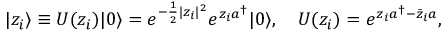
| z _ { i } \rangle \equiv U ( z _ { i } ) | 0 \rangle = e ^ { - \frac 1 2 | z _ { i } | ^ { 2 } } e ^ { z _ { i } a ^ { \dagger } } | 0 \rangle , \quad U ( z _ { i } ) = e ^ { z _ { i } a ^ { \dagger } - \bar { z } _ { i } a } ,